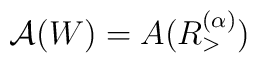
\mathcal{A}(W)=A(R_{>}^{(\alpha )})